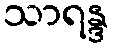
သာရန္ဒ